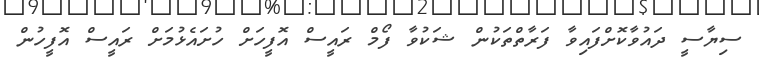
ސިޔާސީ ދައުވާކޮށްފައިވާ ފަރާތްތަކުން ޝަކުވާ ފޯމް ރައީސް އޮފީހަށް ހުށައެޅުމަށް ރައީސް އޮފީހުން